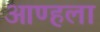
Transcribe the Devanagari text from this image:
आण्हला